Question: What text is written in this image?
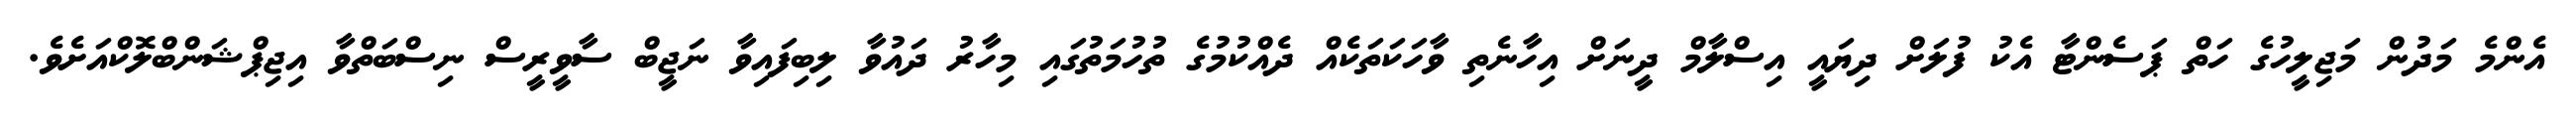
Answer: އެންމެ މަދުން މަޖިލީހުގެ ހަތް ޕަސެންޓާ އެކު ފުލަށް ދިޔައީ އިސްލާމް ދީނަށް އިހާނެތި ވާހަކަތަކެއް ދެއްކުމުގެ ތުހުމަތުގައި މިހާރު ދައުވާ ލިބިފައިވާ ނަޖީބް ސާވީރީސް ނިސްބަތްވާ އިޖިޕްޝަންބްލޮކްއަށެވެ.